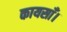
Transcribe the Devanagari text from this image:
कायसाँ।